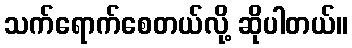
သက်ရောက်စေတယ်လို့ ဆိုပါတယ်။